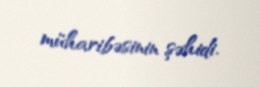
müharibəsinin şəhidi.